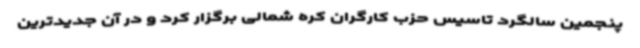
پنجمین سالگرد تاسیس حزب کارگران کره شمالی برگزار کرد و در آن جدیدترین